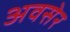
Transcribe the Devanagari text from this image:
अवसेर